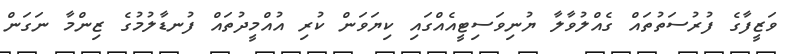
ވަޒީފާގެ ފުރުސަތުތައް ގެއްލުވާލާ ޔުނިވަސިޓީއެއްގައި ކިޔަވަން ކުރި އުއްމީދުތައް ފުނޑާލުމުގެ ޒިންމާ ނަގަން